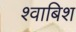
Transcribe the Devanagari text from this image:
श्वाबिश